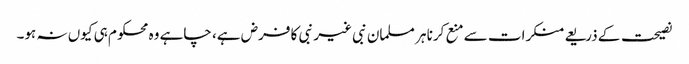
نصیحت کے ذریعے منکرات سے منع کرنا ہر مسلمان نبی غیر نبی کا فرض ہے، چاہے وہ محکوم ہی کیوں نہ ہو۔